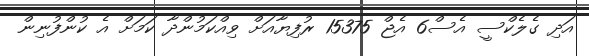
އަދި ގެލެކްސީ އެސް6 އެޖް 15375 ރުފިޔާއަށް ވިއްކަމުންދާ ކަމަށް އެ ކުންފުނިން